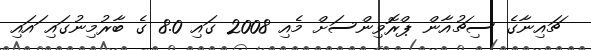
ޗައިނާގެ ސިޗުއާން ޕްރޮވިންސަށް މެއި 2008 ގައި 8.0 ގެ ބާރުމިނުގައި ައައި